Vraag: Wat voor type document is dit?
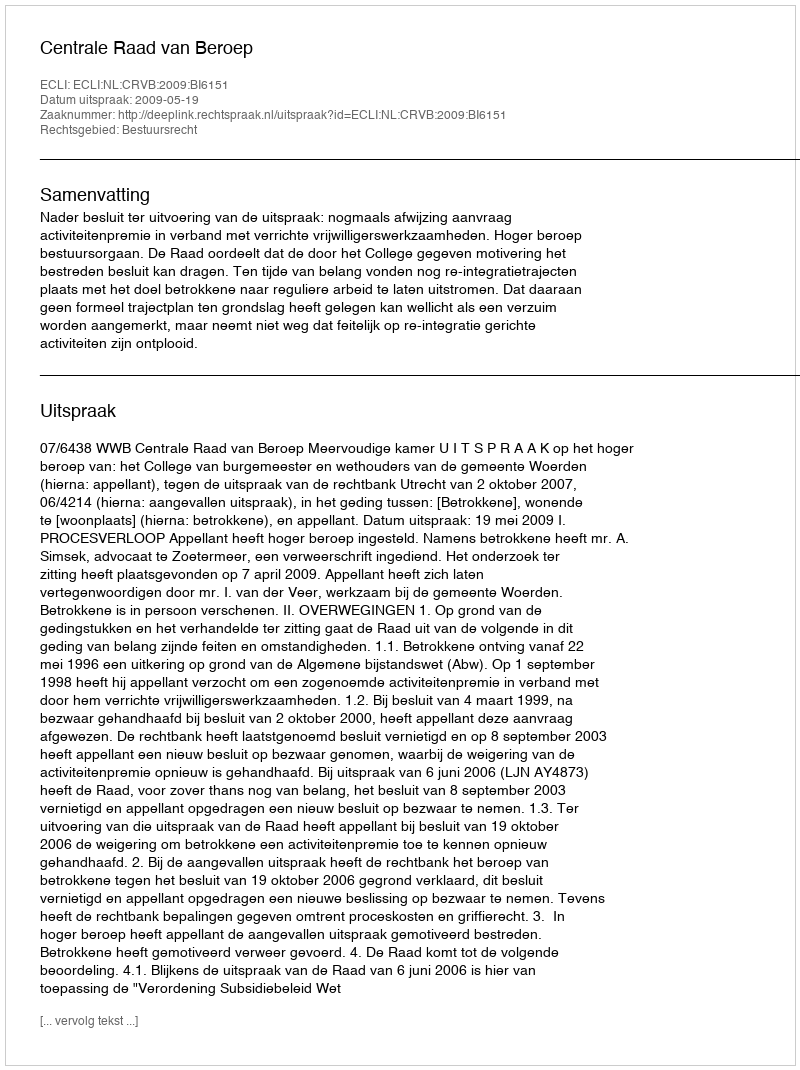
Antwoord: Uitspraak